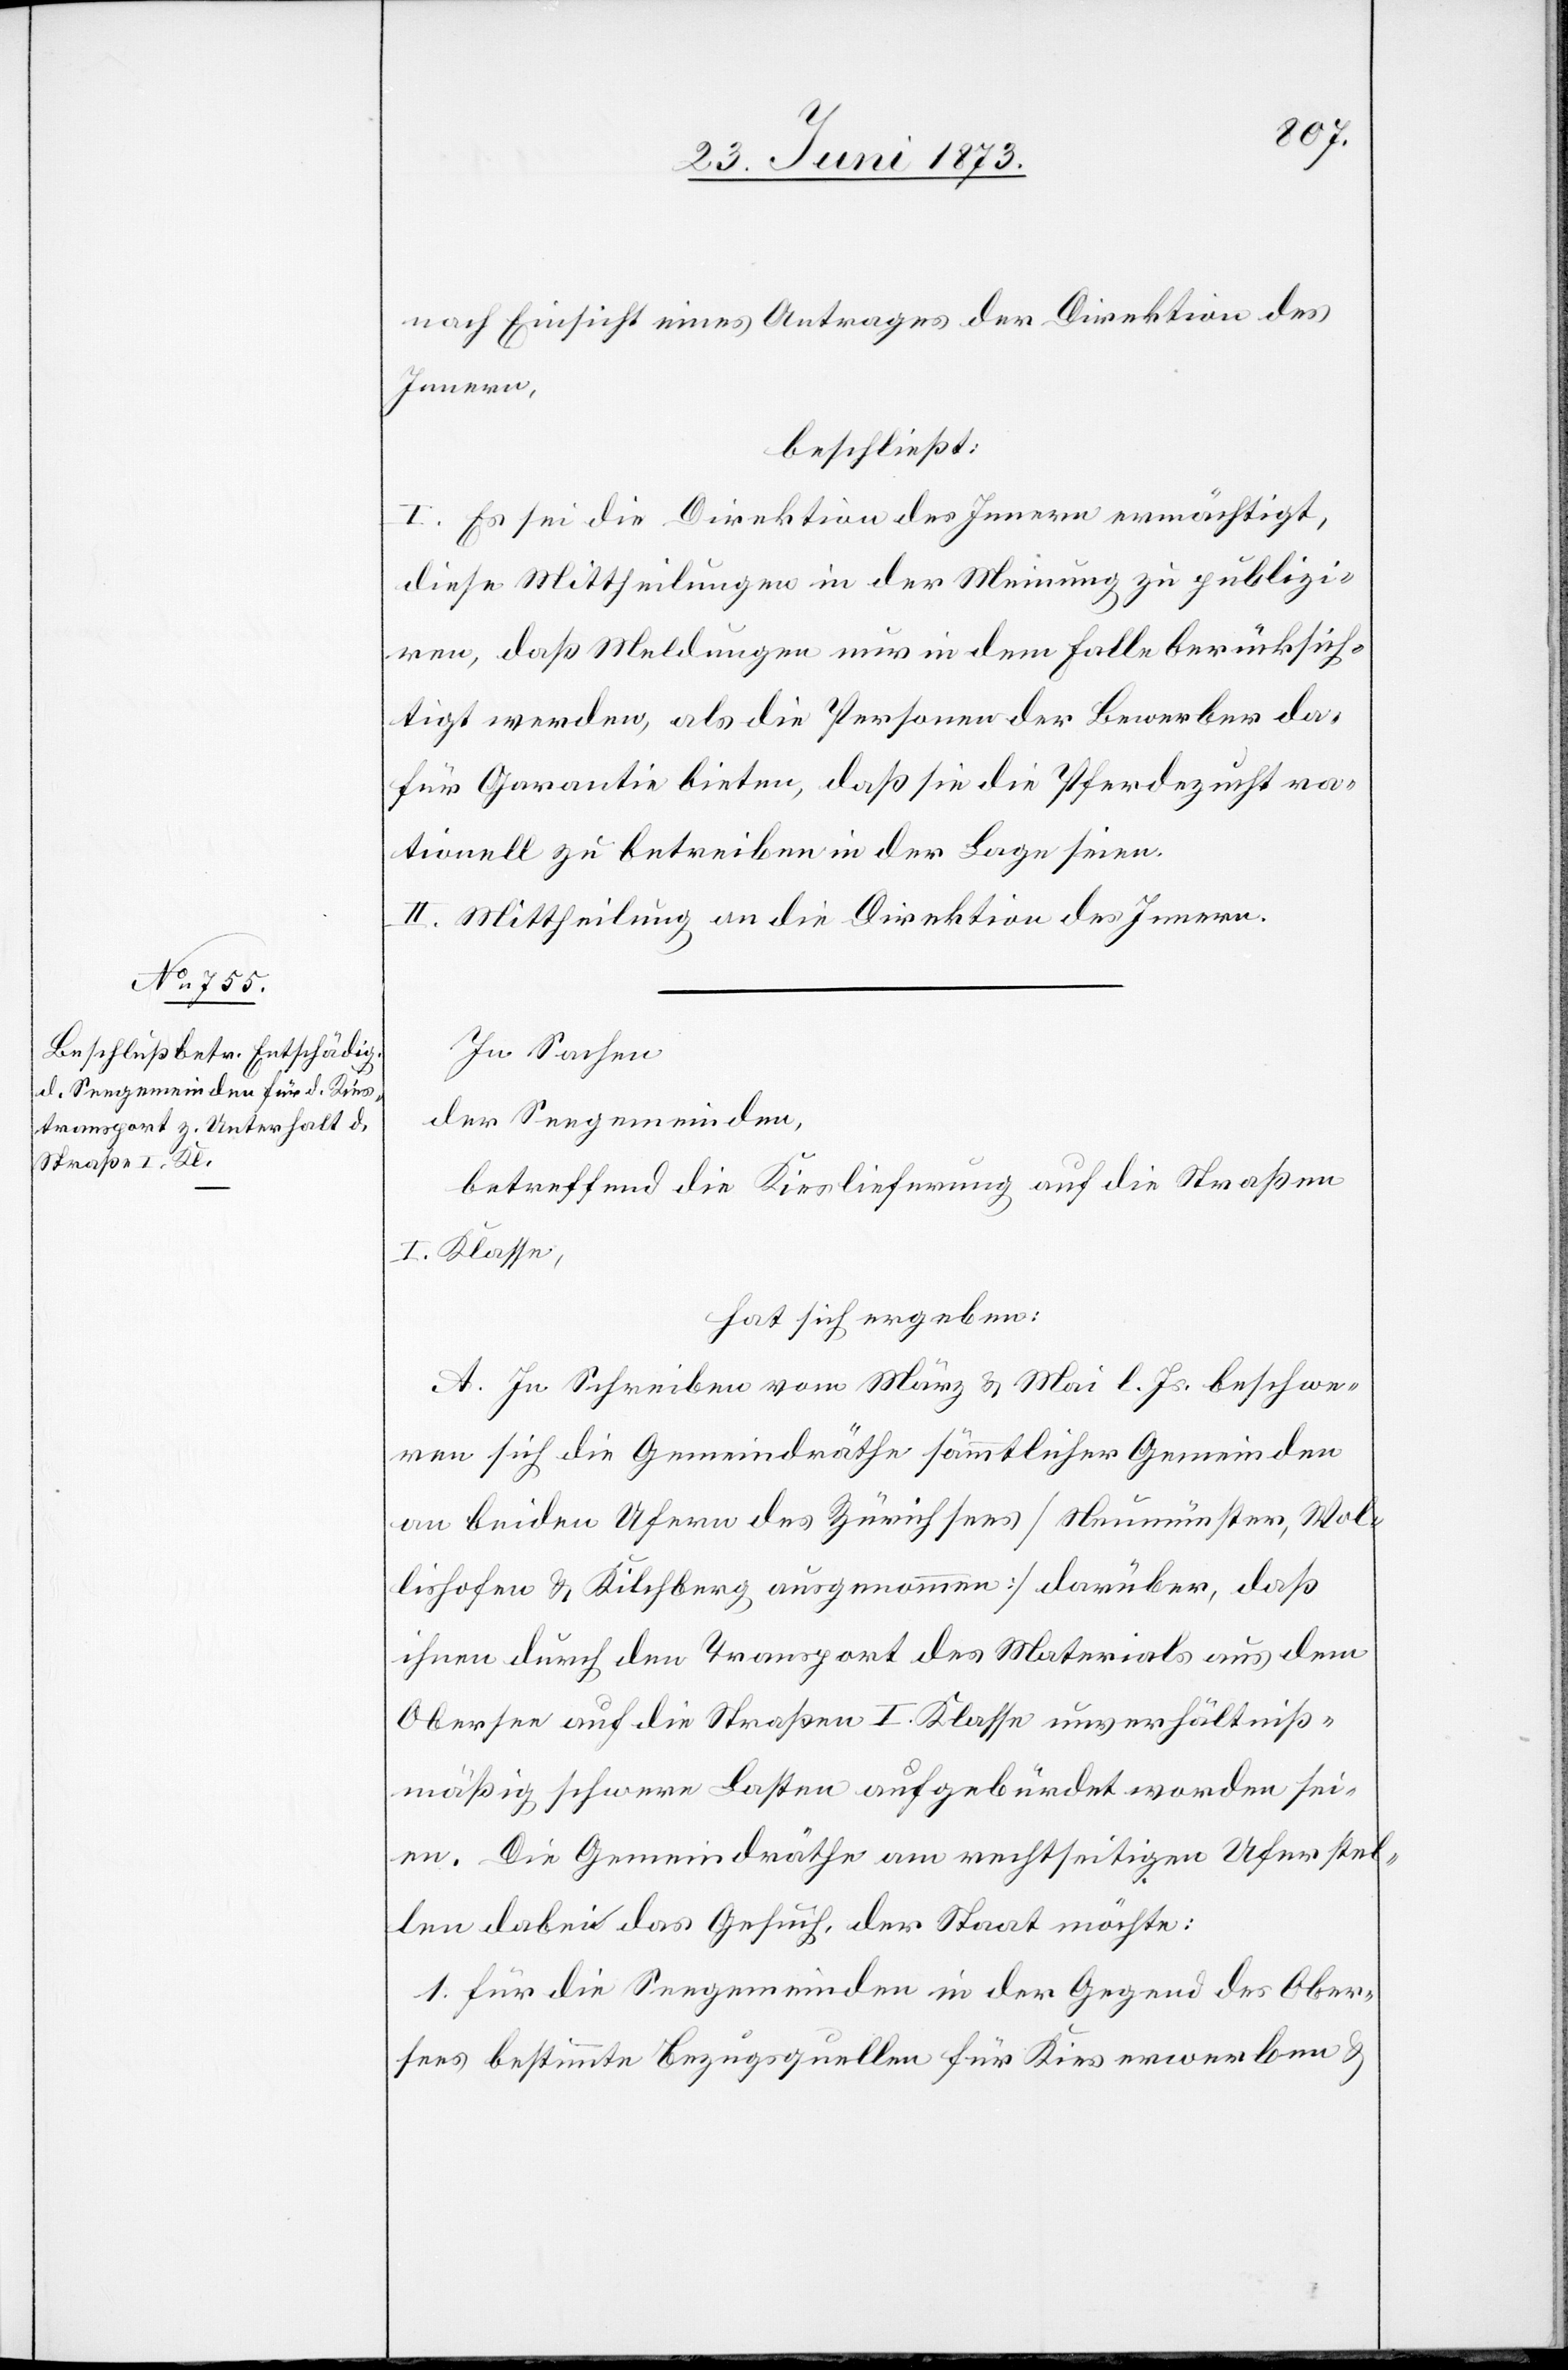
nach Einsicht eines Antrages der Direktion des
Innern,
beschließt:
I. Es sei die Direktion des Innern ermächtigt,
diese Mittheilung in der Meinung zu publizi¬
ren, daß Meldungen nur in dem Falle berücksich¬
tigt werden, als die Personen der Bewerber da¬
für Garantie bieten, daß sie die Pferdezucht ra¬
tionell zu betreiben in der Lage seien.
II. Mittheilung an die Direktion des Innern.
In Sachen
der Seegemeinden,
betreffend die Kieslieferung auf die Straßen
I. Klasse,
hat sich ergeben:
A. In Schreiben vom März & Mai l. Js. beschwe¬
ren sich die Gemeindräthe sämmtlicher Gemeinden
an beiden Ufern des Zürichsees [Neumünster, Wol¬
lishofen & Kilchberg ausgenommen] darüber, daß
ihnen durch den Transport des Materials aus dem
Obersee auf die Straßen I. Klasse unverhältniß¬
mäßig schwere Lasten aufgebürdet worden sei¬
en. Die Gemeindräthe am rechtseitigen Ufer stel¬
len dabei das Gesuch, der Staat möchte:
1. für die Seegemeinden in der Gegend des Ober¬
sees bestimmte Bezugsquellen für Kies erwerben &